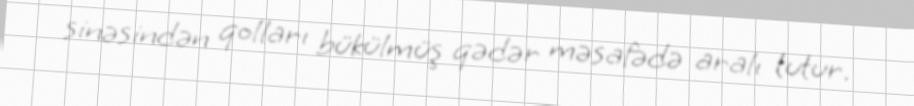
sinəsindən qolları bükülmüş qədər məsafədə aralı tutur.